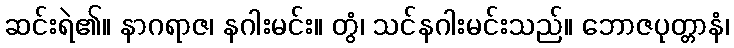
ဆင်းရဲ၏။ နာဂရာဇ၊ နဂါးမင်း။ တွံ၊ သင်နဂါးမင်းသည်။ ဘောဇပုတ္တာနံ၊